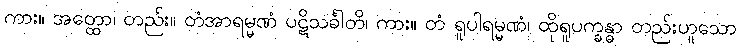
ကား။ အတ္ထော၊ တည်း။ တံအာရမ္မဏံ ပဋိသင်္ခါတိ၊ ကား။ တံ ရူပါရမ္မဏံ၊ ထိုရူပက္ခန္ဓာ တည်းဟူသော